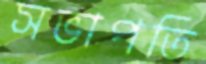
সভাপতি